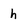
Character: h